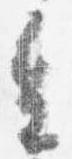
皇